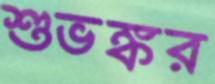
শুভঙ্কর